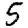
Digit: 5